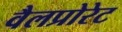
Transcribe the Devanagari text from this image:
वैलप्रोरेट